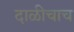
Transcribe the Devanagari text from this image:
दाळीचाच